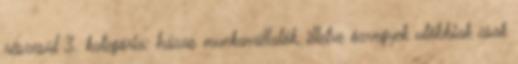
részesül 3. kategória: házas munkavállalók, illetve özvegyek utóbbiak csak